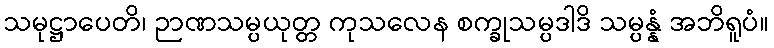
သမုဋ္ဌာပေတိ၊ ဉာဏသမ္ပယုတ္တ ကုသလေန စက္ခုသမ္ပဒါဒိ သမ္ပန္နံ အဘိရူပံ။